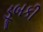
ડૂબકી